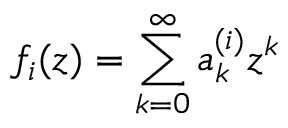
f _ { i } ( z ) = \sum _ { k = 0 } ^ { \infty } a _ { k } ^ { ( i ) } z ^ { k }